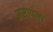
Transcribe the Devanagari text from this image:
मसापला